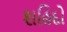
શહિદો